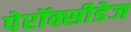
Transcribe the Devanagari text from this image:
पेरॉक्सीडेज